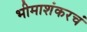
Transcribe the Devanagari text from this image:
भीमाशंकरचं